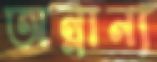
অন্নান্য